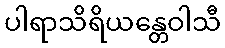
ပါရာသိရိယန္တေဝါသီ